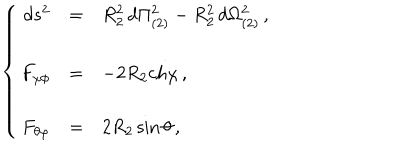
\left\{ \begin{array} { r c l } { { d s ^ { 2 } } } & { { = } } & { { R _ { 2 } ^ { 2 } \, d \Pi _ { ( 2 ) } ^ { 2 } - R _ { 2 } ^ { 2 } \, d \Omega _ { ( 2 ) } ^ { 2 } \, , } } \\ { { } } & { { } } & { { } } \\ { { F _ { \chi \phi } } } & { { = } } & { { - 2 R _ { 2 } \mathrm { c h } \chi \, , } } \\ { { } } & { { } } & { { } } \\ { { F _ { \theta \varphi } } } & { { = } } & { { 2 R _ { 2 } \sin { \theta } \, , } } \\ \end{array} \right.